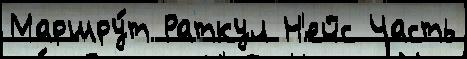
Маршру́т Раткул Н'ейс Часть